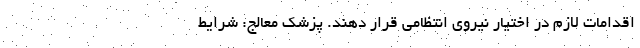
اقدامات لازم در اختیار نیروی انتظامی قرار دهند. پزشک معالج: شرایط